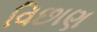
વિછાણ